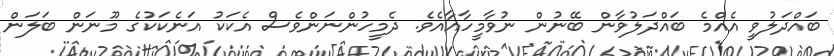
ބައްދަލުވީ އެއްމެ ބައްދަލުވާން ބޭނުން ނުވާމީހާއާއެވެ. ދެމީހުންނަންވެސް އެކަކު އަނެކަކުގެ މޫނަން ބަލަން